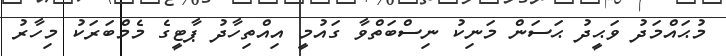
މުޙައްމަދު ވަޙީދު ޙަސަން މަނިކު ނިސްބަތްވާ ގައުމީ އިއްތިހާދު ޕާޓީގެ މެމްބަރަކު މިހާރު